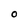
Character: O